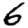
Digit: 6